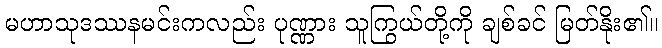
မဟာသုဒဿနမင်းကလည်း ပုဏ္ဏား သူကြွယ်တို့ကို ချစ်ခင် မြတ်နိုး၏။